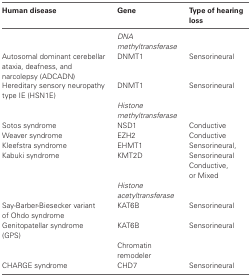
<table><thead><tr><td><b>Human disease</b></td><td><b>Gene</b></td><td><b>Type of hearing loss</b></td></tr></thead><tbody><tr><td></td><td colspan="3"><i>DNA methyltransferase</i></td><td></td></tr><tr><td>Autosomal dominant cerebellar ataxia, deafness, and narcolepsy (ADCADN)</td><td>DNMT1</td><td>Sensorineural</td></tr><tr><td>Hereditary sensory neuropathy type IE (HSN1E)</td><td>DNMT1</td><td>Sensorineural</td></tr><tr><td></td><td colspan="3"><i>Histone methyltransferase</i></td></tr><tr><td>Sotos syndrome</td><td>NSD1</td><td>Conductive</td></tr><tr><td>Weaver syndrome</td><td>EZH2</td><td>Conductive</td></tr><tr><td>Kleefstra syndrome</td><td>EHMT1</td><td>Sensorineural,</td></tr><tr><td>Kabuki syndrome</td><td>KMT2D</td><td>Sensorineural Conductive, or Mixed</td></tr><tr><td></td><td colspan="3"><i>Histone acetyltransferase</i></td><td></td><td></td></tr><tr><td>Say-Barber-Biesecker variant of Ohdo syndrome</td><td>KAT6B</td><td>Sensorineural</td></tr><tr><td>Genitopatellar syndrome (GPS)</td><td>KAT6B</td><td>Sensorineural</td></tr><tr><td></td><td>Chromatin remodeler</td><td></td><td></td></tr><tr><td>CHARGE syndrome</td><td>CHD7</td><td>Sensorineural</td></tr></tbody></table>